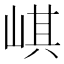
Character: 𡸷